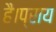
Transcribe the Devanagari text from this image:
है।प्राय